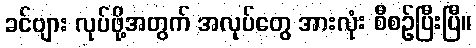
ခင်ဗျား လုပ်ဖို့အတွက် အလုပ်တွေ အားလုံး စီစဉ်ပြီးပြီ။